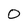
Character: 0